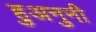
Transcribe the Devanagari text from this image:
हुअनुनी